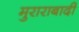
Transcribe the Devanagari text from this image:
मुराराबादी